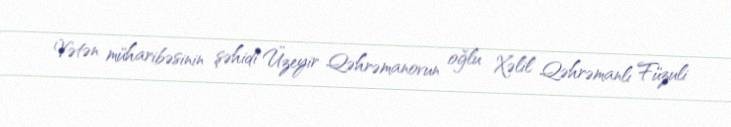
Vətən müharibəsinin şəhidi Üzeyir Qəhrəmanovun oğlu Xəlil Qəhrəmanlı Füzuli